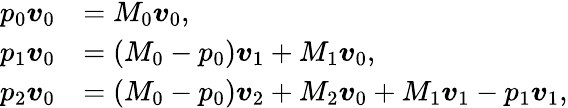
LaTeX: \begin{array}{rl}{p_{0}\boldsymbol{v}_{0}}&{=M_{0}\boldsymbol{v}_{0},}\\ {p_{1}\boldsymbol{v}_{0}}&{=(M_{0}-p_{0})\boldsymbol{v}_{1}+M_{1}\boldsymbol{v}_{0},}\\ {p_{2}\boldsymbol{v}_{0}}&{=(M_{0}-p_{0})\boldsymbol{v}_{2}+M_{2}\boldsymbol{v}_{0}+M_{1}\boldsymbol{v}_{1}-p_{1}\boldsymbol{v}_{1},}\end{array}